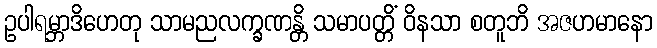
ဥပါရမ္ဘာဒိဟေတု သာမညလက္ခဏန္တိ သမာပတ္တိံ ဝိနသာ စတူဘိ အဇဟမာနော